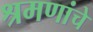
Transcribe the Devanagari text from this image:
श्रमणांचे